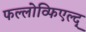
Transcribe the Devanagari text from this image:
फल्लोव्फिएल्द्